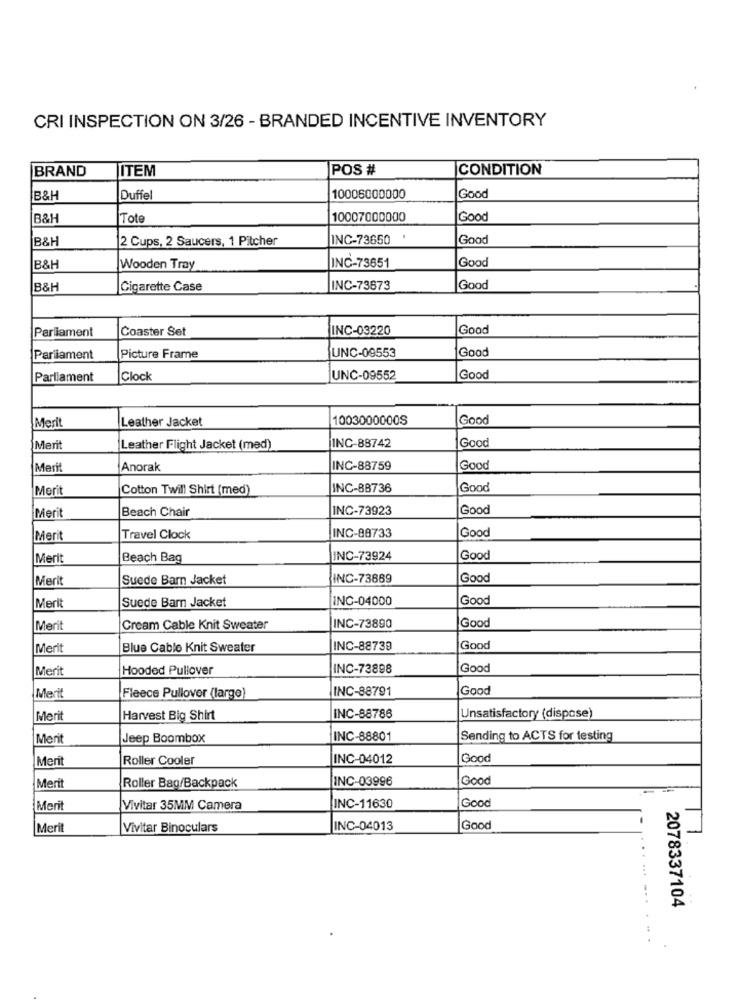
CRI INSPECTION ON 3/26 - BRANDED INCENTIVE INVENTORY
BRAND
JITEM
POS #
CONDITION
Good
B&H
Duffel
10006000000
B&H
Tote
10007000000
Good
B&H
2 Cups, 2 Saucers, 1 Pitcher
INC-73650 '
Good
Good
B&H
Wooden Tray
INC-73651
B&H
Cigarette Case
INC-73673
Good
Coaster Set
INC-03220
Good
Parliament
UNC-09553
Good
Parliament
Picture Frame
Parliament
Clock
UNC-09552
Good
Marit
Leather Jacket
1003000000S
Good
INC-88742
Good
Merit
Leather Flight Jacket (med)
Merit
Anorak
INC-88759
Good
Morit
Cotton Twill Shirt (med)
INC-88736
Good
Merit
Beach Chair
INC-73923
Good
INC-88733
Good
Merit
Travel Clock
Merit
Beach Bag
INC-73924
Good
Merit
Suede Barn Jacket
INC-73889
Good
Suede Barn Jacket
INC-04000
Good
Merit
Good
Merit
Cream Cable Knit Sweater
INC-73890
Merit
Blue Cable Knit Sweater
INC-88739
Good
Merit
Hooded Pullover
INC-73898
Good
INC-88791
Good
Merit
Fleece Pullover (large)
Merit
Harvest Big Shirt
INC-88786
Unsatisfactory (dispose)
Merit
Jeep Boombox
INC-88801
Sending to ACTS for testing
Meri
Roller Cooler
INC-04012
Good
INC-03996
Good
Merit
Roller Bag/Backpack
Good
Merit
Vivitar 35MM Camera
INC-11630
Merit
Vivitar Binoculars
INC-04013
Good
2078337104